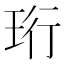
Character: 珩